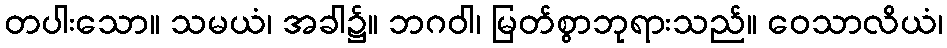
တပါးသော။ သမယံ၊ အခါ၌။ ဘဂဝါ၊ မြတ်စွာဘုရားသည်။ ဝေသာလိယံ၊